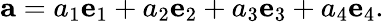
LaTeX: \mathbf{a}=a_{1}\mathbf{e}_{1}+a_{2}\mathbf{e}_{2}+a_{3}\mathbf{e}_{3}+a_{4}\mathbf{e}_{4}.